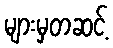
များမှတဆင့်